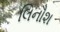
લિનૌશ